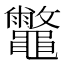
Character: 𪔀